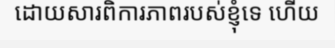
ដោយសារពិការភាពរបស់ខ្ញុំទេ ហើយ